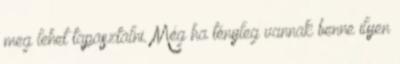
meg lehet tapasztalni. Még ha tényleg vannak benne ilyen